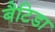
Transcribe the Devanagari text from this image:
बैटिडा